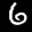
Label: 6